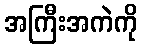
အကြီးအကဲကို